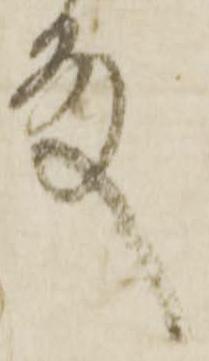
殿